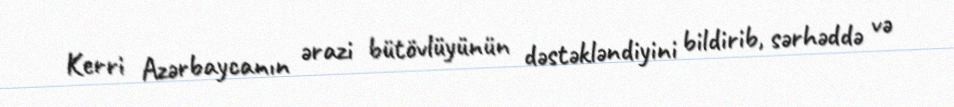
Kerri Azərbaycanın ərazi bütövlüyünün dəstəkləndiyini bildirib, sərhəddə və